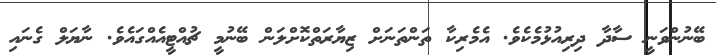
ބޭނުންވަނީ ސާދާ ދިރިއުޅުމެކެވެ. އެމެރިކާ ތަންތަނަށް ޒިޔާރަތްކޮށްލަން ބޭނުމީ ޗުއްޓީއެއްގައެވެ. ނާޔަލް ގެނައި